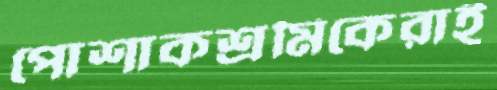
পোশাকশ্রমিকেরাই